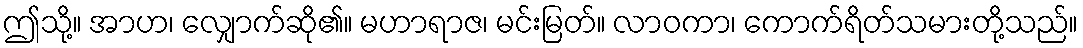
ဤသို့။ အာဟ၊ လျှောက်ဆို၏။ မဟာရာဇ၊ မင်းမြတ်။ လာဝကာ၊ ကောက်ရိတ်သမားတို့သည်။